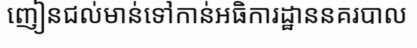
ញៀនជល់មាន់ទៅកាន់អធិការដ្ឋាននគរបាល